Report of an investigation of the epidemic of malarial fever in Assam, or, kala-azar
Disease focus: Malaria
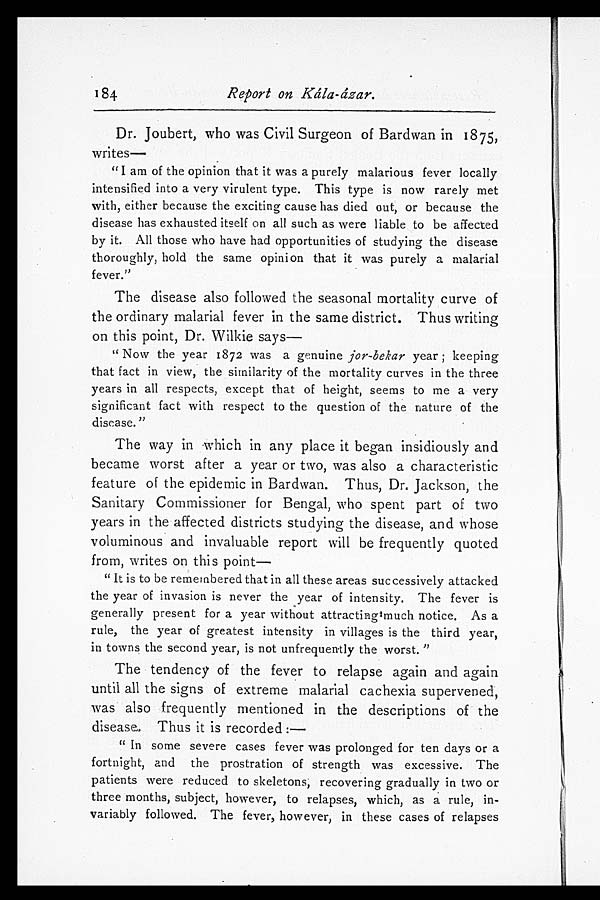
184 Report on Kála-ázar.
Dr. Joubert, who was Civil Surgeon of Bardwan in 1875,
writes
—
"I am of the opinion that it was a purely malarious fever locally
intensified into a very virulent type. This type is now rarely met
with, either because the exciting cause has died out, or because the
disease has exhausted itself on all such as were liable to be affected
by it. All those who have had opportunities of studying the disease
thoroughly, hold the same opinion that it was purely a malarial
fever."
The disease also followed the seasonal mortality curve of
the ordinary malarial fever in the same district. Thus writing
on this point, Dr. Wilkie says
—
"Now the year 1872 was a genuine jor-bekar year; keeping
that fact in view, the similarity of the mortality curves in the three
years in all respects, except that of height, seems to me a very
significant fact with respect to the question of the nature of the
disease."
The way in which in any place it began insidiously and
became worst after a year or two, was also a characteristic
feature of the epidemic in Bardwan. Thus, Dr. Jackson, the
Sanitary Commissioner for Bengal, who spent part of two
years in the affected districts studying the disease, and whose
voluminous and invaluable report will be frequently quoted
from, writes on this point
—
"It is to be remembered that in all these areas successively attacked
the year of invasion is never the year of intensity. The fever is
generally present for a year without attracting much notice. As a
rule, the year of greatest intensity in villages is the third year,
in towns the second year, is not unfrequently the worst."
The tendency of the fever to relapse again and again
until all the signs of extreme malarial cachexia supervened,
was also frequently mentioned in the descriptions of the
disease. Thus it is recorded:—
"In some severe cases fever was prolonged for ten days or a
fortnight, and the prostration of strength was excessive. The
patients were reduced to skeletons; recovering gradually in two or
three months, subject, however, to relapses, which, as a rule, in
-variably followed. The fever, however, in these cases of relapses